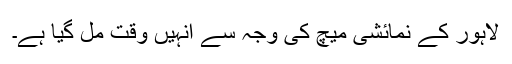
لاہور کے نمائشی میچ کی وجہ سے انہیں وقت مل گیا ہے۔